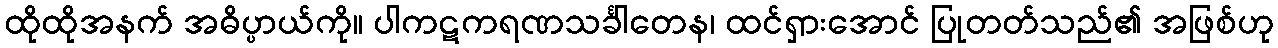
ထိုထိုအနက် အဓိပ္ပာယ်ကို။ ပါကဋကရဏသင်္ခါတေန၊ ထင်ရှားအောင် ပြုတတ်သည်၏ အဖြစ်ဟု